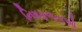
નિષફળતાઓ